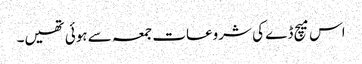
اس میچ ڈے کی شروعات جمعہ سے ہوئی تھیں۔